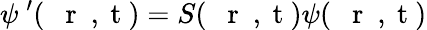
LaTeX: \psi\ ^{\prime}(\mathrm{~{~\mathbf~r~}~,~t~})=S(\mathrm{~{~\mathbf~r~}~,~t~})\psi(\mathrm{~{~\mathbf~r~}~,~t~})